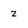
Character: 2